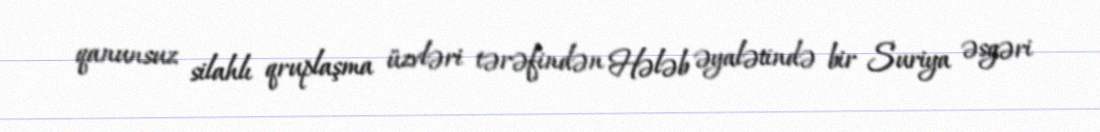
qanunsuz silahlı qruplaşma üzvləri tərəfindən Hələb əyalətində bir Suriya əsgəri